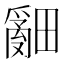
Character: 𤳞